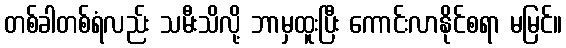
တစ်ခါတစ်ရံလည်း သမီးသိလို့ ဘာမှထူးပြီး ကောင်းလာနိုင်စရာ မမြင်။